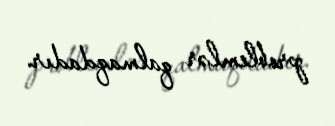
problemlər qalmaqdadır.